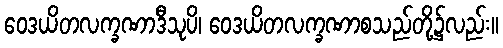
ဝေဒယိတလက္ခဏာဒီသုပိ၊ ဝေဒယိတလက္ခဏာစသည်တို့၌လည်း။